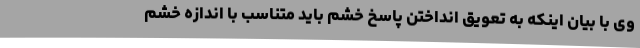
وی با بیان اینکه به تعویق انداختن پاسخ خشم باید متناسب با اندازه خشم